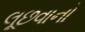
લૂછવાનો